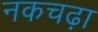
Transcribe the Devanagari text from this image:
नकचढ़ा